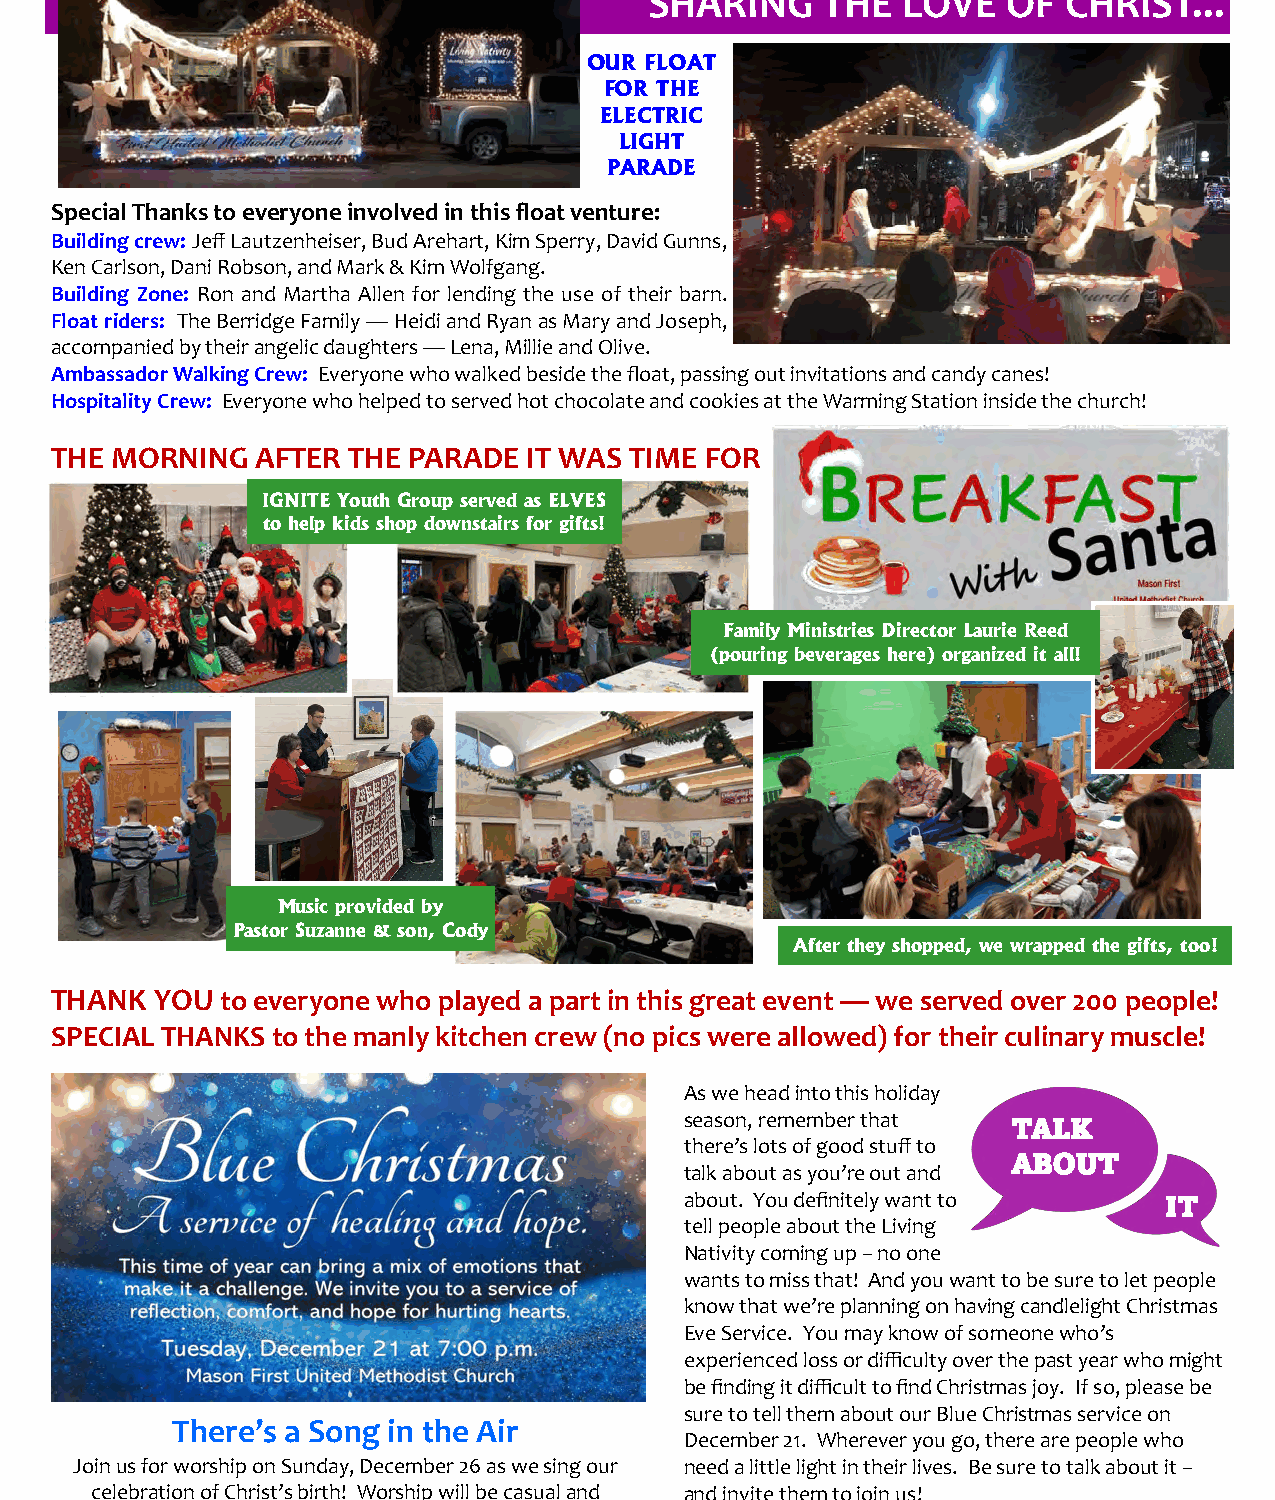
SHARING    THE   LOVE   OF  CHRIST...
 OUR FLOAT
 FOR THE
 ELECTRIC
 LIGHT
 PARADE
 Special Thanks to everyone involved in this float venture:
 Building crew: Jeff Lautzenheiser, Bud Arehart, Kim Sperry, David Gunns,
 Ken Carlson, Dani Robson, and Mark & Kim Wolfgang.
 Building Zone: Ron and Martha Allen for lending the use of their barn.
 Float riders: The Berridge Family — Heidi and Ryan as Mary and Joseph,
 accompanied by their angelic daughters — Lena, Millie and Olive.
 Ambassador Walking Crew: Everyone who walked beside the float, passing out invitations and candy canes!
 Hospitality Crew: Everyone who helped to served hot chocolate and cookies at the Warming Station inside the church!
 THE MORNING   AFTER THE PARADE  IT WAS TIME FOR
 IGNITE Youth Group served as ELVES
 to help kids shop downstairs for gifts!
 Family Ministries Director Laurie Reed
 (pouring beverages here) organized it all!
 Music provided by
 Pastor Suzanne & son, Cody
 After they shopped, we wrapped the gifts, too!
 THANK  YOU  to everyone who played a part in this great event — we served over 200 people!
 SPECIAL THANKS to the manly kitchen crew (no pics were allowed) for their culinary muscle!
 As we head into this holiday
 season, remember that TALK
 there’s lots of good stuff to
 ABOUT
 talk about as you’re out and
 about. You definitely want to   IT
 tell people about the Living
 Nativity coming up – no one
 wants to miss that! And you want to be sure to let people
 know that we’re planning on having candlelight Christmas
 Eve Service. You may know of someone who’s
 experienced loss or difficulty over the past year who might
 be finding it difficult to find Christmas joy. If so, please be
 sure to tell them about our Blue Christmas service on
 There’s a Song in the Air
 December 21. Wherever you go, there are people who
 Join us for worship on Sunday, December 26 as we sing our need a little light in their lives. Be sure to talk about it –
 celebration of Christ’s birth! Worship will be casual and and invite them to join us!
 joyful and family-friendly. Bring a friend!